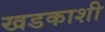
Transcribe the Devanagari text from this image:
खडकाशी